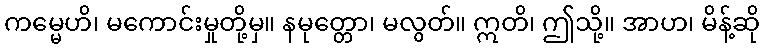
ကမ္မေဟိ၊ မကောင်းမှုတို့မှ။ နမုတ္တော၊ မလွတ်။ ဣတိ၊ ဤသို့။ အာဟ၊ မိန့်ဆို